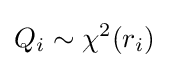
Q_{i}\sim \chi ^{2}(r_{i})